Lunatic asylums Punjab 1881-1894 - 1881-1894
Year: 1881
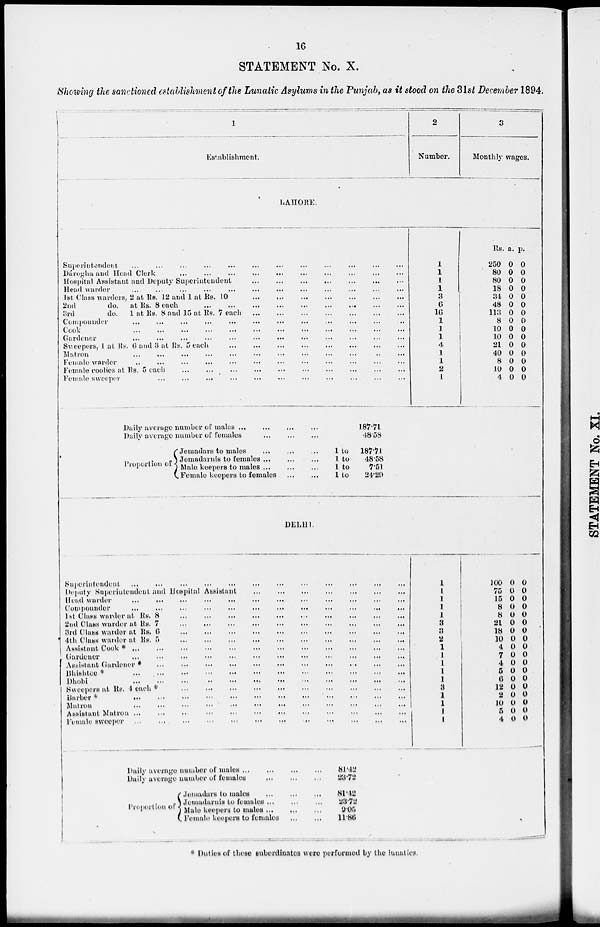
16
STATEMENT No. X.
Showing the sanctioned establishment of the Lunatic Asylums in the Punjab, as it stood on the 31st December 1894.
1
Establishment.
2
Number.
3
Monthly wages.
LAHORE.
Superintendent ... ... ... ... ... ... ... ... ... ... ... ...
Dáregha, and Head Clerk
...
...
...
...
...
...
...
...
...
...
...
...
Hospital Assistant and Deputy Superintendent ... ... ... ... ... ... ... ... ... ... ... ...
Head warder
...
...
...
...
...
...
...
...
...
...
...
...
1st Class warders, 2 at Rs. 12 and 1 at Rs. 10 ... ... ... ... ... ... ... ... ... ... ... ...
2nd
do. nt Rs. 8 each ... ... ... ... ... ... ... ... ... ... ... ...
3rd
do. 1 at Rs. 8 and 15 at Rs. 7 each ... ... ... ... ... ... ... ... ... ... ... ...
Compounder
...
...
...
...
...
...
...
...
...
...
...
...
Cook ... ... ... ... ... ... ... ... ... ... ... ...
Gardener ... ... ... ... ... ... ... ... ... ... ... ...
Sweepers, 1 at Rs. 6 and 3 at Rs. 5 each ... ... ... ... ... ... ... ... ... ... ... ...
Matron ... ... ... ... ... ... ... ... ... ... ... ...
Female warder
...
...
...
...
...
...
...
...
...
...
...
...
Female coolies at Rs. 5 each
...
...
...
...
...
...
...
...
...
...
...
...
Female sweeper ... ... ... ... ... ... ... ... ... ... ... ...
1
1
1 1 3
6
16
1 1 1
4
1 1
2
1
Rs.
250
80
80
18
34
48
113
8
10 10
21
40
8
10 4
a.
0
0
0
0
0
0
0
0
0
0
0 0
0
0
0
p.
0
0
0
0
0
0
0
0 0
0
0
0 0
0
0
Daily average number of males
...
...
...
...
Daily average number of females
...
...
...
Proportion of
Jemadars to males
...
...
...
Jemadernis to females
...
...
...
Male keepers to males ... ... ...
Female keepers to females
...
...
187.71
48.58
1 to 187.71
1 to
48.58
1 to
7.51
1 to
24.29
DELHI.
Superintendent
...
...
...
...
...
...
...
...
...
...
...
...
Deputy Superintendent and Hospital Assistant ... ... ... ... ... ... ... ... ... ... ... ...
Head warder
...
...
...
...
...
...
...
...
...
...
...
...
Compounder
...
...
...
...
...
...
...
...
...
...
...
...
1st Class warders at Rs. 8 ... ... ... ... ... ... ... ... ... ... ... ...
2nd Class warder at Rs. 7
...
...
...
...
...
...
...
...
...
...
...
...
3rd Class warder
at
Rs. 6 ... ... ... ... ... ... ... ... ... ... ... ...
4th Class warder at Rs. 5 ... ... ... ... ... ... ... ... ... ... ... ...
Assistant
Cook*
...
...
...
...
...
...
...
...
...
...
...
...
Gardenor ... ... ... ... ... ... ... ... ... ... ... ...
Assistant Gardener
...
...
...
...
...
...
...
...
...
...
...
...
Bhishtoo * ... ... ... ... ... ... ... ... ... ... ... ...
Dhobi
...
...
...
...
...
...
...
...
...
...
...
...
Sweepers at Rs. 4 each * ... ... ... ... ... ... ... ... ... ... ... ...
Barber*
...
...
...
...
...
...
...
...
...
...
...
...
Matron
...
...
...
...
...
...
...
...
...
...
...
...
Assistant Matron
...
...
...
...
...
...
...
...
...
...
...
...
Female
sweeper
...
...
...
...
...
...
...
...
...
...
...
...
1
1 1 1 1 8
3
2
1 1 1 1 1 3 1 1 1 1
100
75
15
8
8
21
18
10
4
7
4
5
6
12
2
10
5
4
0
0 0
0
0
0
0
0
0
0
0
0
0
0
0
0
0
0
0
0
0
0
0
0
0
0
0
0
0
0
0
0
0
0
0
0
Dally average number of females ... ... ... ...
Proportion of
Jemadars to males
...
...
...
Jemadernis to females ... ... ...
Male keepers to males ... ... ...
Female keepers to females
...
...
81.42
23.72
9.05
11.86
* Duties of those subordinates were performed by the lunatics.